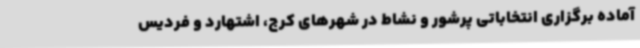
آماده برگزاری انتخاباتی پرشور و نشاط در شهرهای کرج، اشتهارد و فردیس